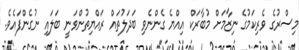
މިސްރުގެ ވެރިކަމުގެ ނިޒާމަށް މުބާރަކް އިއްޔެ ގެންނެވި ބަދަލުތައް ރައްޔިތުންވަނީ ބަލައި ނުގެންފައެވެ.